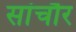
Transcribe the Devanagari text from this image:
सांचौर